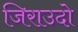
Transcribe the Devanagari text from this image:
जिराउदो